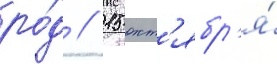
ро́д // 15 окт'ябр'я́